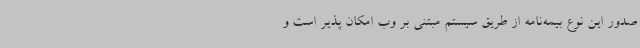
صدور این نوع بیمه‌نامه از طریق سیستم مبتنی بر وب امکان پذیر است و